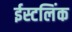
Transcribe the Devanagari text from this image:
ईस्टलिंक